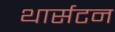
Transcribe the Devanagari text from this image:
थार्सटन